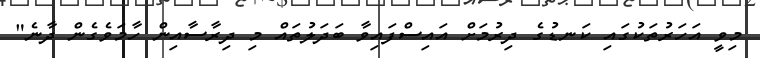
މިވީ އަހަރުތަކުގައި ކަނޑުގެ ދިރުމަށް އައިސްފައިވާ ބަދަލުތައް މި ދިރާސާއިން ހާމަވެގެން ދާނެ"